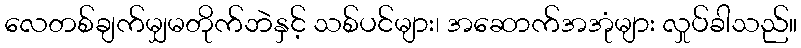
လေတစ်ချက်မျှမတိုက်ဘဲနှင့် သစ်ပင်များ၊ အဆောက်အအုံများ လှုပ်ခါသည်။